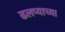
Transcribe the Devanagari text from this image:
ढलप्याच्या